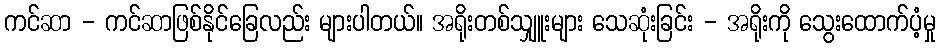
ကင်ဆာ - ကင်ဆာဖြစ်နိုင်ခြေလည်း များပါတယ်။ အရိုးတစ်သျှူးများ သေဆုံးခြင်း - အရိုးကို သွေးထောက်ပံ့မှု